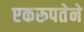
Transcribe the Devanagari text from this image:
एकरूपतेने